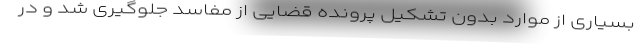
بسیاری از موارد بدون تشکیل پرونده قضایی از مفاسد جلوگیری شد و در